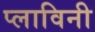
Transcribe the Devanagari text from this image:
प्लाविनी